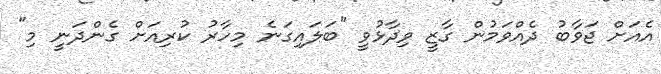
އެއަށް ޖަވާބު ދެއްވަމުން ގާޒީ ވިދާޅުވީ "ބަލައިގަނެ މިހާރު ކުރިއަށް ގެންދަނީ މި"